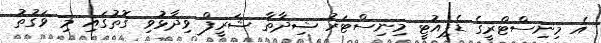
އެ މިނިސްޓްރީގެ ޑެޕިއުޓީ މިނިސްޓަރު ޝިދާތާ ޝަރީފް ވިދާޅުވި ގޮތުގައި މި ވަގުތު